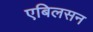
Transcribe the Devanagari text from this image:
एबिलसन